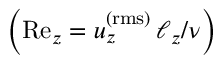
\left( \mathrm { R e } _ { z } = u _ { z } ^ { \mathrm { ( r m s ) } } \, \ell _ { z } / \nu \right)